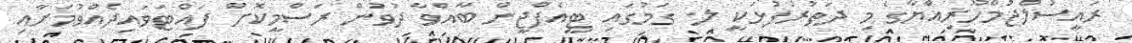
ރައީސުލްޖުމްހޫރިއްޔާގެ މި ދަތުރުފުޅަކީ ލ. ގަމުގައި ޓީއެފްޖީން ބާއްވާ ދުވުން ރަސްމީކޮށް ފައްޓަވައިދެއްވުމަށާއި